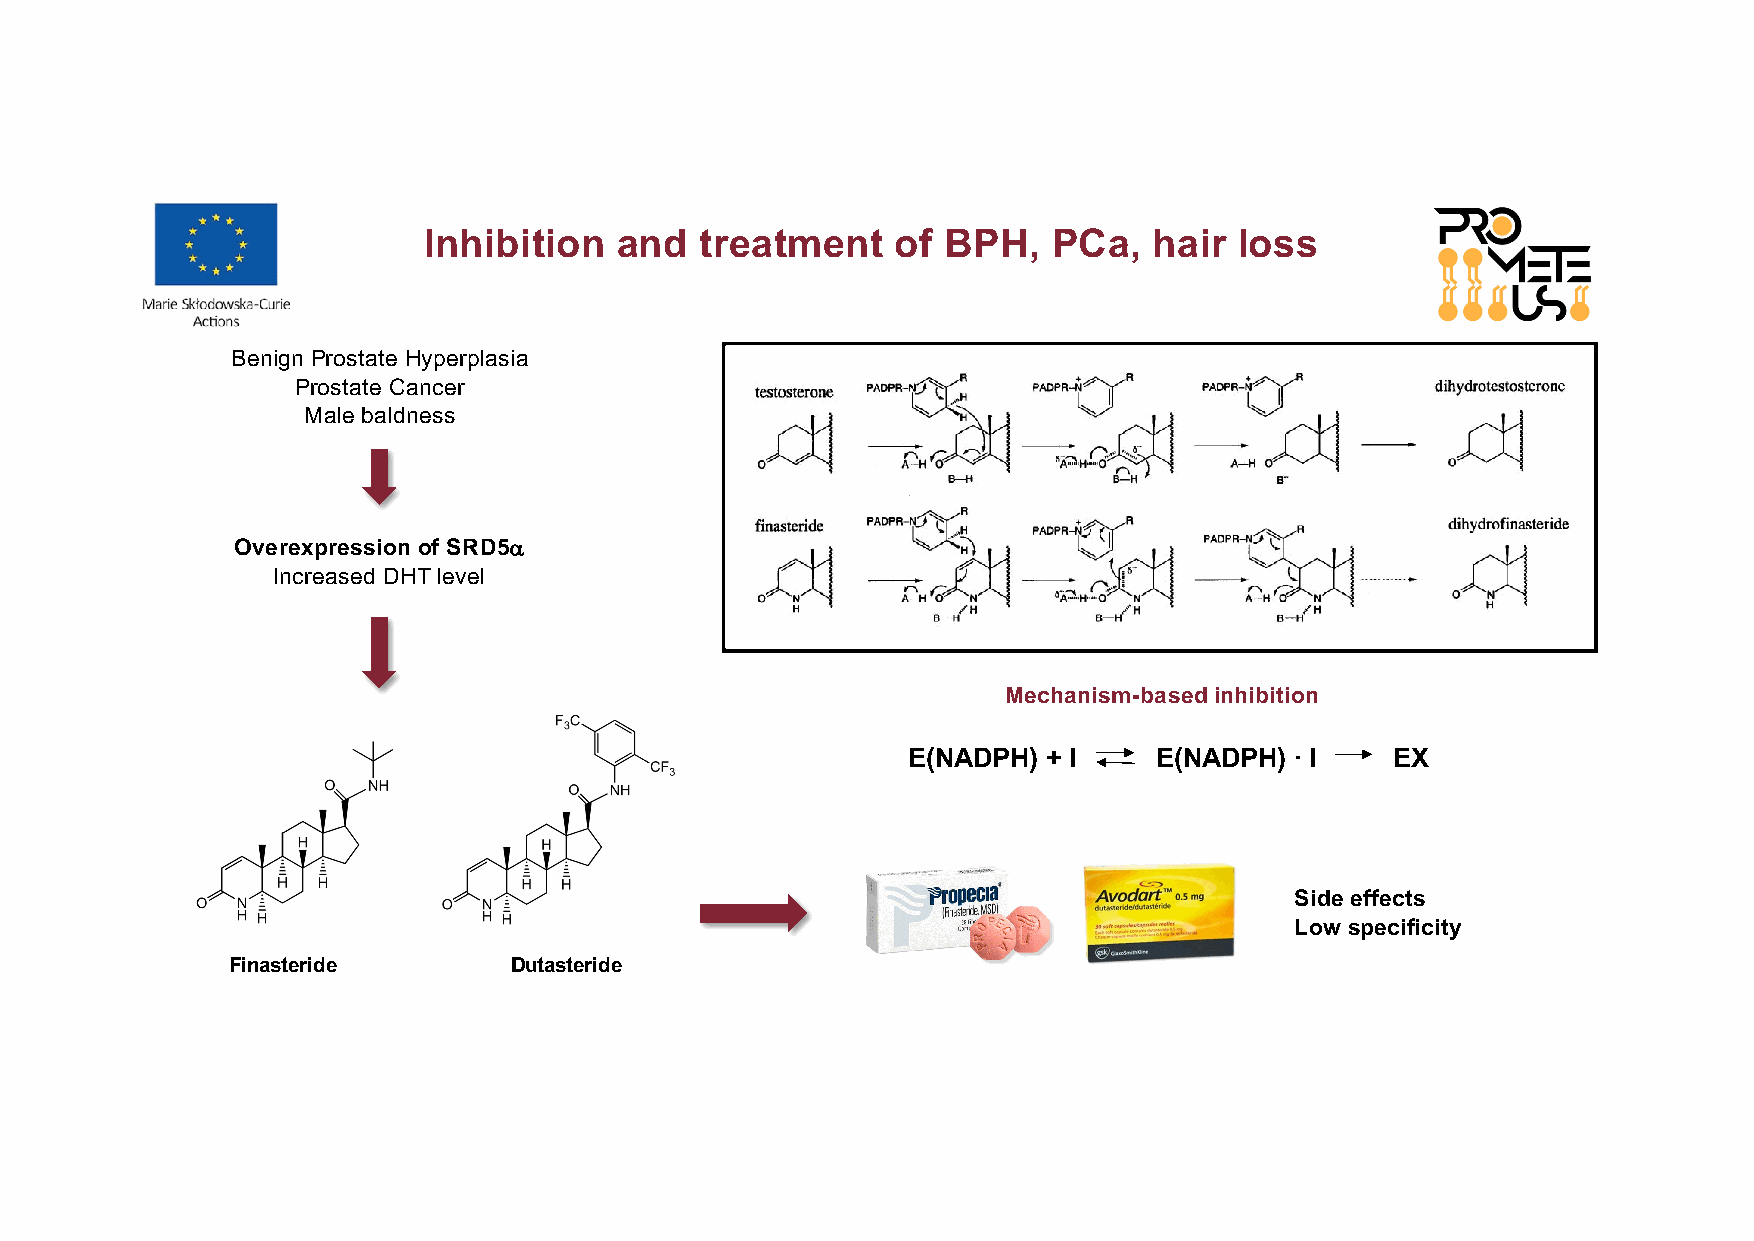
Inhibition   and  treatment    of BPH,    PCa,  hair  loss
 Benign Prostate Hyperplasia
 Prostate Cancer
 Male baldness
 Overexpression of SRD5aa
 Increased DHT level
 Mechanism-based inhibition
 E(NADPH) + I     E(NADPH) ∙ I   EX
 Side effects
 Low specificity
 Finasteride        Dutasteride